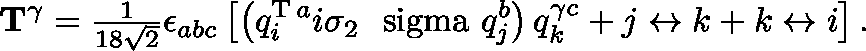
{ \bf T } ^ { \gamma } = { \textstyle \frac { 1 } { 1 8 \sqrt { 2 } } } \epsilon _ { a b c } \left[ \left( q _ { i } ^ { \mathrm { T } \, a } i \sigma _ { 2 } \mathrm { \boldmath ~ \ s i g m a ~ } q _ { j } ^ { b } \right) q _ { k } ^ { \gamma c } + j \leftrightarrow k + k \leftrightarrow i \right] .